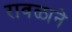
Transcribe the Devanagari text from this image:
रावळाने